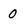
Character: 0